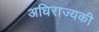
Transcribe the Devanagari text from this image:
अधिराज्यकी